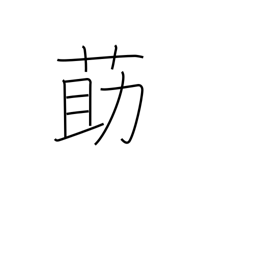
Meaning: Chinese matrimony vine